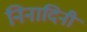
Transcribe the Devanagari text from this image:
निनादिनी